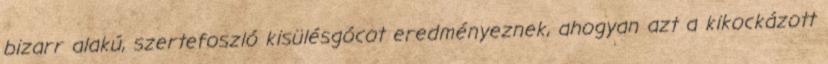
bizarr alakú, szertefoszló kisülésgócot eredményeznek, ahogyan azt a kikockázott